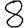
Digit: 8